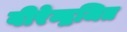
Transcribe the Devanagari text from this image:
वीरेन्द्रजित